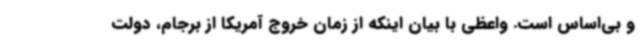
و بی‌اساس است. واعظی با بیان اینکه از زمان خروج آمریکا از برجام، دولت